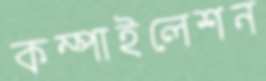
কম্পাইলেশন